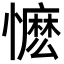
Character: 懡